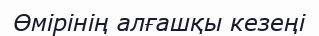
Өмірінің алғашқы кезеңі